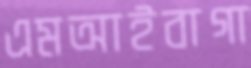
এমআইবাগা